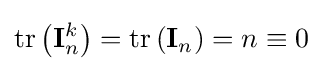
\operatorname {tr} \left(\mathbf {I} _{n}^{k}\right)=\operatorname {tr} \left(\mathbf {I} _{n}\right)=n\equiv 0